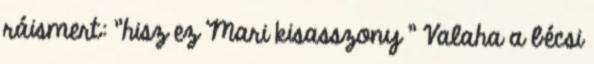
ráismert: "hisz ez Mari kisasszony " Valaha a bécsi